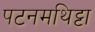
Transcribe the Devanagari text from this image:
पटनमथिट्टा